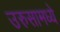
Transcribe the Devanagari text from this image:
उरुसामध्ये